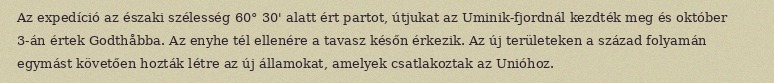
Az expedíció az északi szélesség 60° 30' alatt ért partot, útjukat az Uminik-fjordnál kezdték meg és október 3-án értek Godthåbba. Az enyhe tél ellenére a tavasz későn érkezik. Az új területeken a század folyamán egymást követően hozták létre az új államokat, amelyek csatlakoztak az Unióhoz.